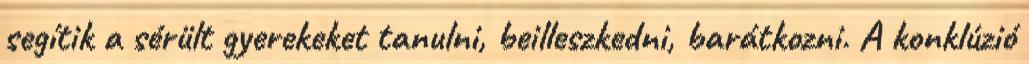
segítik a sérült gyerekeket tanulni, beilleszkedni, barátkozni. A konklúzió